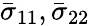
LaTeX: \bar{\sigma}_{11},\bar{\sigma}_{22}